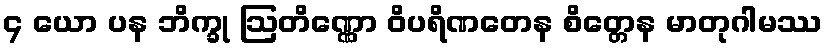
၄ ယော ပန ဘိက္ခု ဩတိဏ္ဏော ဝိပရိဏတေန စိတ္တေန မာတုဂါမဿ